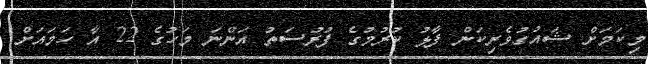
މިކަމަށް ޝައުގުވެރިކަން ފާޅު ކުރުމުގެ ފުރުސަތު އަންނަ މަހުގެ 22 އާ ހަމައަށް